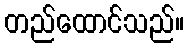
တည်ထောင်သည်။